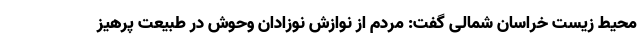
محیط زیست خراسان شمالی گفت: مردم از نوازش نوزادان وحوش در طبیعت پرهیز